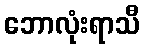
ဘောလုံးရာသီ